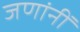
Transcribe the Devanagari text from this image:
जणांनीं